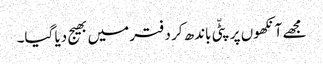
مجھے آنکھوں پر پٹّی باندھ کر دفتر میں بھیج دیا گیا۔